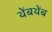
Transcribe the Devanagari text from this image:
थेंबथेंब